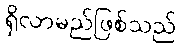
ရှိလာမည်ဖြစ်သည်